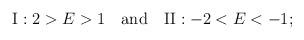
LaTeX: \begin{align*}{\rm I}: 2>E>1 \quad \hbox{and} \quad {\rm II}: -2<E<-1;\end{align*}